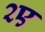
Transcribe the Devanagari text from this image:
२ए